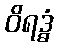
ဝိရဒ္ဓံ